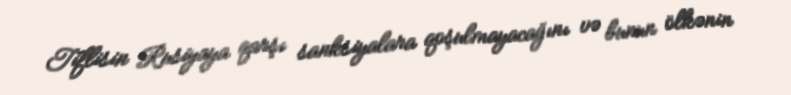
Tiflisin Rusiyaya qarşı sanksiyalara qoşulmayacağını və bunun ölkənin